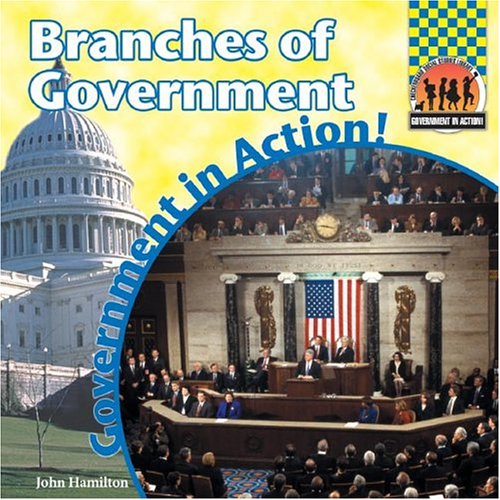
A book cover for Branches of Government (Government in Action (Checkerboard Books)); John Hamilton; Children's Books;